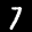
Label: 7